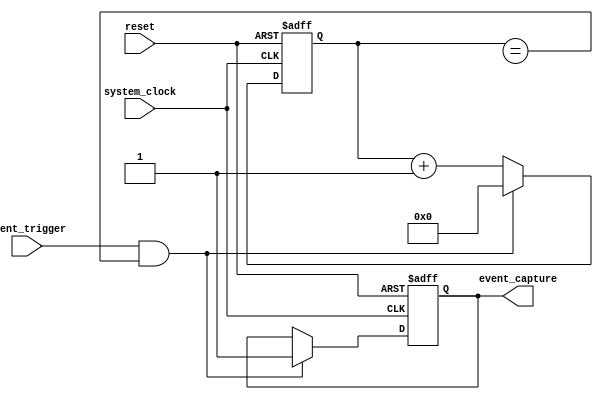
module Timing_Control_Synchronization_Block(
    input wire system_clock,
    input wire reset,
    input wire event_trigger,
    output reg event_capture
);

reg [31:0] timer_count;

always @ (posedge system_clock or posedge reset) begin
    if (reset) begin
        timer_count <= 0;
        event_capture <= 0;
    end else begin
        timer_count <= timer_count + 1;
        if (event_trigger && (timer_count == TIME_INTERVAL)) begin
            event_capture <= 1;
            timer_count <= 0;
        end
    end
end

endmodule